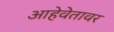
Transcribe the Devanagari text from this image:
आहेवेतावर